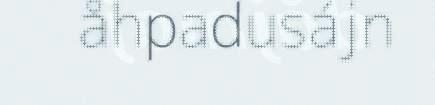
åhpadusájn